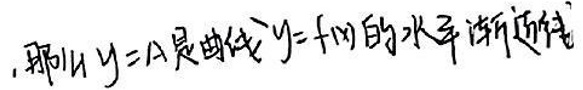
那么\(y = A\)是曲线\(y = f(x)\)的水平渐近线